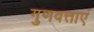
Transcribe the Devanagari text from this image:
गुणवत्ताएं